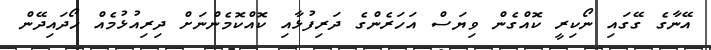
އޭނާގެ ގޭގައި ނޯކިރީ ކޮއްގެން ވިޔަސް އަހަރެންގެ ދަރިފުޅާއި ކޮއްކޮމެންނަށް ދިރިއުޅުމެއް ހޯދައިދޭން